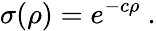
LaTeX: \sigma(\rho)=e^{-c\rho}~.